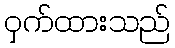
ဝှက်ထားသည်